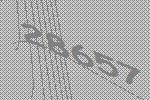
28657